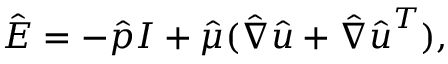
\hat { \boldsymbol { E } } = - \hat { p } \boldsymbol { I } + \hat { \mu } ( \hat { \nabla } \hat { \boldsymbol { u } } + \hat { \nabla } \hat { \boldsymbol { u } } ^ { T } ) ,